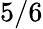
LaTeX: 5/6